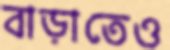
বাড়াতেও